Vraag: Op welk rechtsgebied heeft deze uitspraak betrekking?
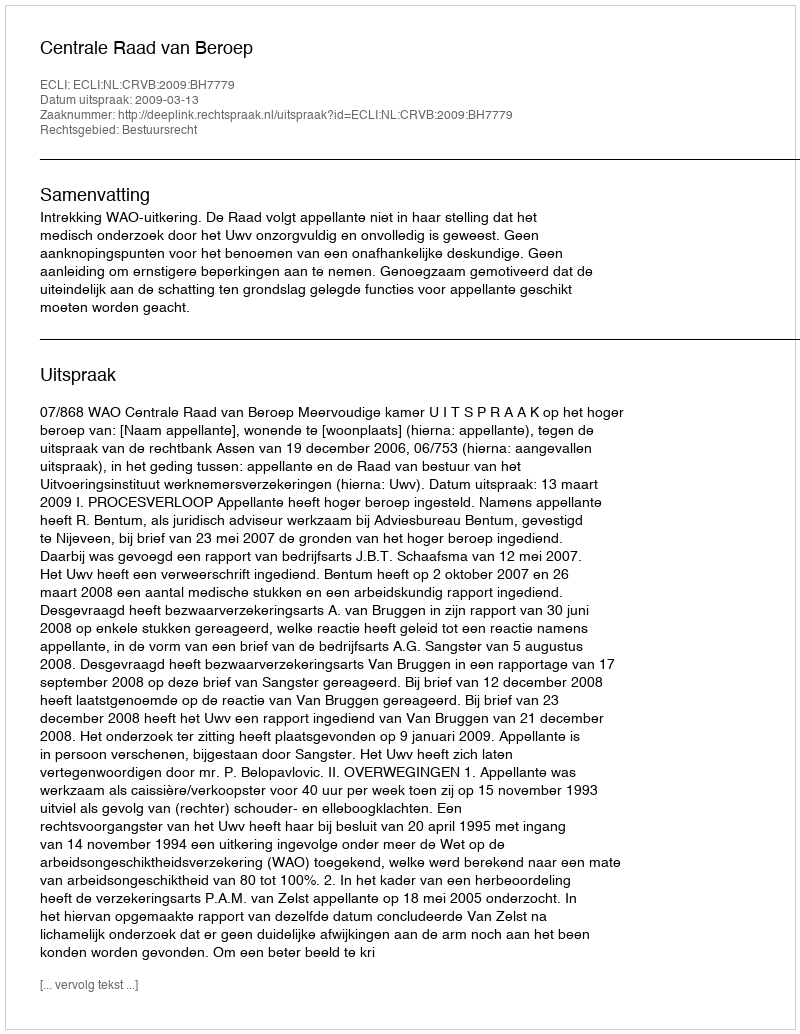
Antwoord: Bestuursrecht